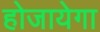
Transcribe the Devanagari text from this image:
होजायेगा